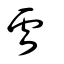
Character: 虔